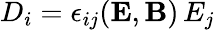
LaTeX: D_{i}=\epsilon_{ij}({\mathbf E},{\mathbf B})\, E_{j}